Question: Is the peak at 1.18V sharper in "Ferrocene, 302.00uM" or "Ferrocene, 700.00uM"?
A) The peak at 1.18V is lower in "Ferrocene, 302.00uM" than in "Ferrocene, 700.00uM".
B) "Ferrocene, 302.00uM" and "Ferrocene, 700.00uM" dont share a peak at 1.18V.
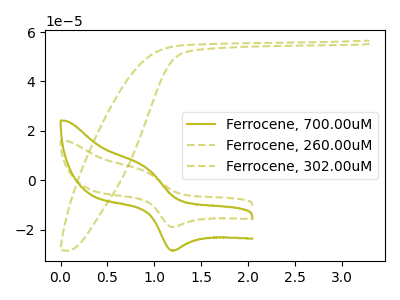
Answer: <think>The olive curve "Ferrocene, 700.00uM" has an anodic peak at (0.90V, 5.05uA) and a cathodic peak at (1.20V, -28.40uA). The olive dashed curve "Ferrocene, 260.00uM" has no peaks. The olive dashed curve "Ferrocene, 302.00uM" has an anodic peak at (0.90V, 3.40uA) and a cathodic peak at (1.20V, -18.90uA).</think>
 <answer>A) The peak at 1.18V is lower in "Ferrocene, 302.00uM" than in "Ferrocene, 700.00uM".</answer>
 <eval>A</eval>